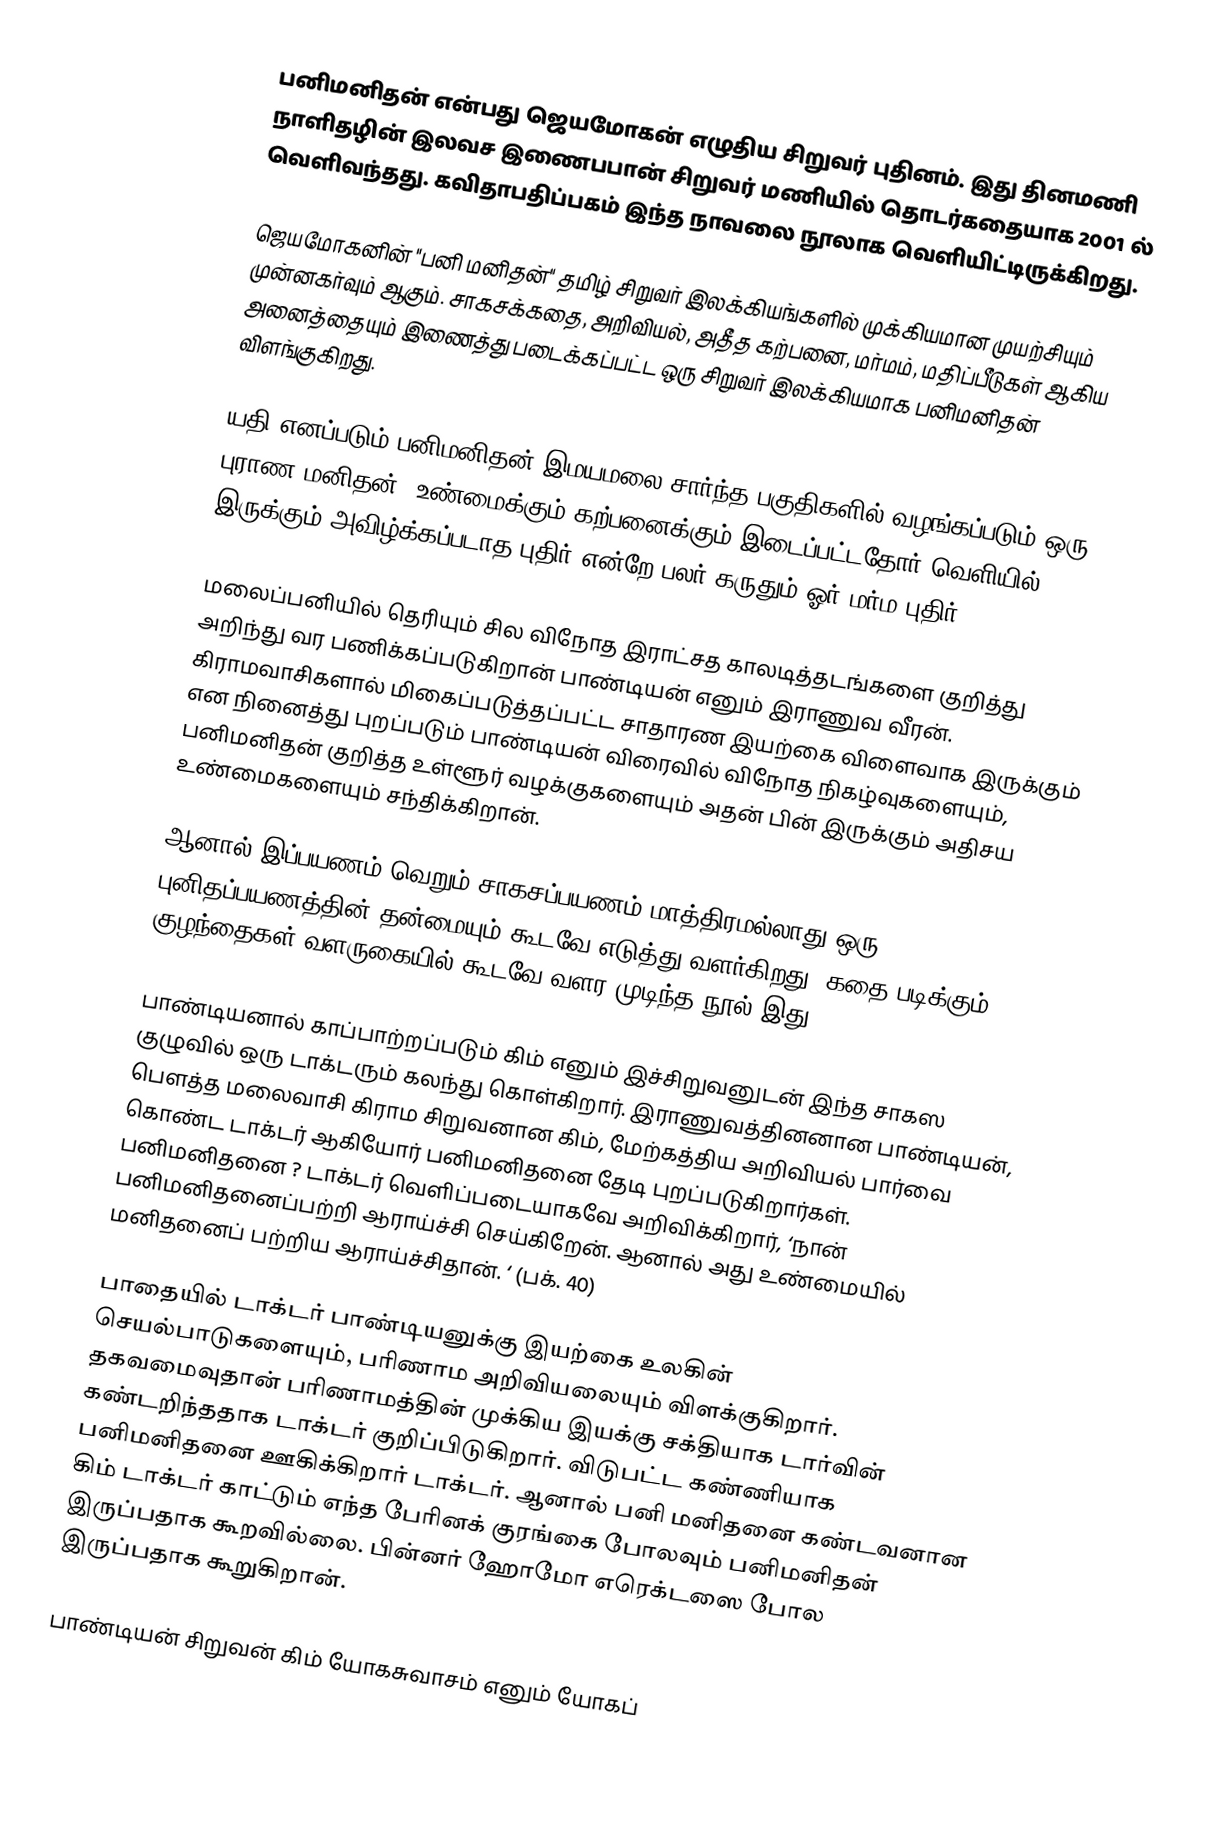
பனிமனிதன் என்பது ஜெயமோகன் எழுதிய சிறுவர் புதினம். இது தினமணி நாளிதழின் இலவச இணைபபான் சிறுவர் மணியில் தொடர்கதையாக 2001 ல் வெளிவந்தது. கவிதாபதிப்பகம் இந்த நாவலை நூலாக வெளியிட்டிருக்கிறது.

ஜெயமோகனின் "பனி மனிதன்" தமிழ் சிறுவர் இலக்கியங்களில் முக்கியமான முயற்சியும் முன்னகர்வும் ஆகும். சாகசக்கதை, அறிவியல், அதீத கற்பனை, மர்மம், மதிப்பீடுகள் ஆகிய அனைத்தையும் இணைத்து படைக்கப்பட்ட ஒரு சிறுவர் இலக்கியமாக பனிமனிதன் விளங்குகிறது.

யதி எனப்படும் பனிமனிதன் இமயமலை சார்ந்த பகுதிகளில் வழங்கப்படும் ஒரு புராண மனிதன். உண்மைக்கும் கற்பனைக்கும் இடைப்பட்டதோர் வெளியில் இருக்கும் அவிழ்க்கப்படாத புதிர் என்றே பலர் கருதும் ஓர் மர்ம புதிர்.

மலைப்பனியில் தெரியும் சில விநோத இராட்சத காலடித்தடங்களை குறித்து அறிந்து வர பணிக்கப்படுகிறான் பாண்டியன் எனும் இராணுவ வீரன். கிராமவாசிகளால் மிகைப்படுத்தப்பட்ட சாதாரண இயற்கை விளைவாக இருக்கும் என நினைத்து புறப்படும் பாண்டியன் விரைவில் விநோத நிகழ்வுகளையும், பனிமனிதன் குறித்த உள்ளூர் வழக்குகளையும் அதன் பின் இருக்கும் அதிசய உண்மைகளையும் சந்திக்கிறான்.

ஆனால் இப்பயணம் வெறும் சாகசப்பயணம் மாத்திரமல்லாது ஒரு புனிதப்பயணத்தின் தன்மையும் கூடவே எடுத்து வளர்கிறது. கதை படிக்கும் குழந்தைகள் வளருகையில் கூடவே வளர முடிந்த நூல் இது.

பாண்டியனால் காப்பாற்றப்படும் கிம் எனும் இச்சிறுவனுடன் இந்த சாகஸ குழுவில் ஒரு டாக்டரும் கலந்து கொள்கிறார். இராணுவத்தினனான பாண்டியன், பெளத்த மலைவாசி கிராம சிறுவனான கிம், மேற்கத்திய அறிவியல் பார்வை கொண்ட டாக்டர் ஆகியோர் பனிமனிதனை தேடி புறப்படுகிறார்கள். பனிமனிதனை ? டாக்டர் வெளிப்படையாகவே அறிவிக்கிறார், ‘நான் பனிமனிதனைப்பற்றி ஆராய்ச்சி செய்கிறேன். ஆனால் அது உண்மையில் மனிதனைப் பற்றிய ஆராய்ச்சிதான். ‘ (பக். 40)

பாதையில் டாக்டர் பாண்டியனுக்கு இயற்கை உலகின் செயல்பாடுகளையும், பரிணாம அறிவியலையும் விளக்குகிறார். தகவமைவுதான் பரிணாமத்தின் முக்கிய இயக்கு சக்தியாக டார்வின் கண்டறிந்ததாக டாக்டர் குறிப்பிடுகிறார்.  விடுபட்ட கண்ணியாக பனிமனிதனை ஊகிக்கிறார் டாக்டர். ஆனால் பனி மனிதனை கண்டவனான கிம் டாக்டர் காட்டும் எந்த பேரினக் குரங்கை போலவும் பனிமனிதன் இருப்பதாக கூறவில்லை. பின்னர் ஹோமோ எரெக்டஸை போல இருப்பதாக கூறுகிறான்.

பாண்டியன் சிறுவன் கிம் யோகசுவாசம் எனும் யோகப்